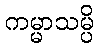
ကမ္မာသမ္ပိ